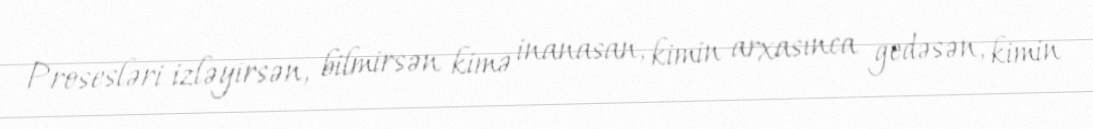
Prosesləri izləyirsən, bilmirsən kimə inanasan, kimin arxasınca gedəsən, kimin